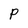
Character: P